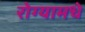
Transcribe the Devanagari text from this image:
रोग्यामधे